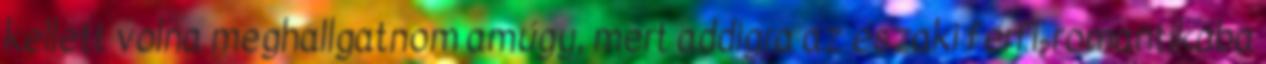
kellett volna meghallgatnom amúgy, mert addigra az északi férfi-romantikába